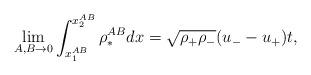
LaTeX: \begin{align*}\lim\limits_{A,B\rightarrow0}\int_{x_1^{AB}}^{x_2^{AB}}\rho_*^{AB}dx=\sqrt{\rho_{+}\rho_{-}}(u_--u_+)t,\end{align*}